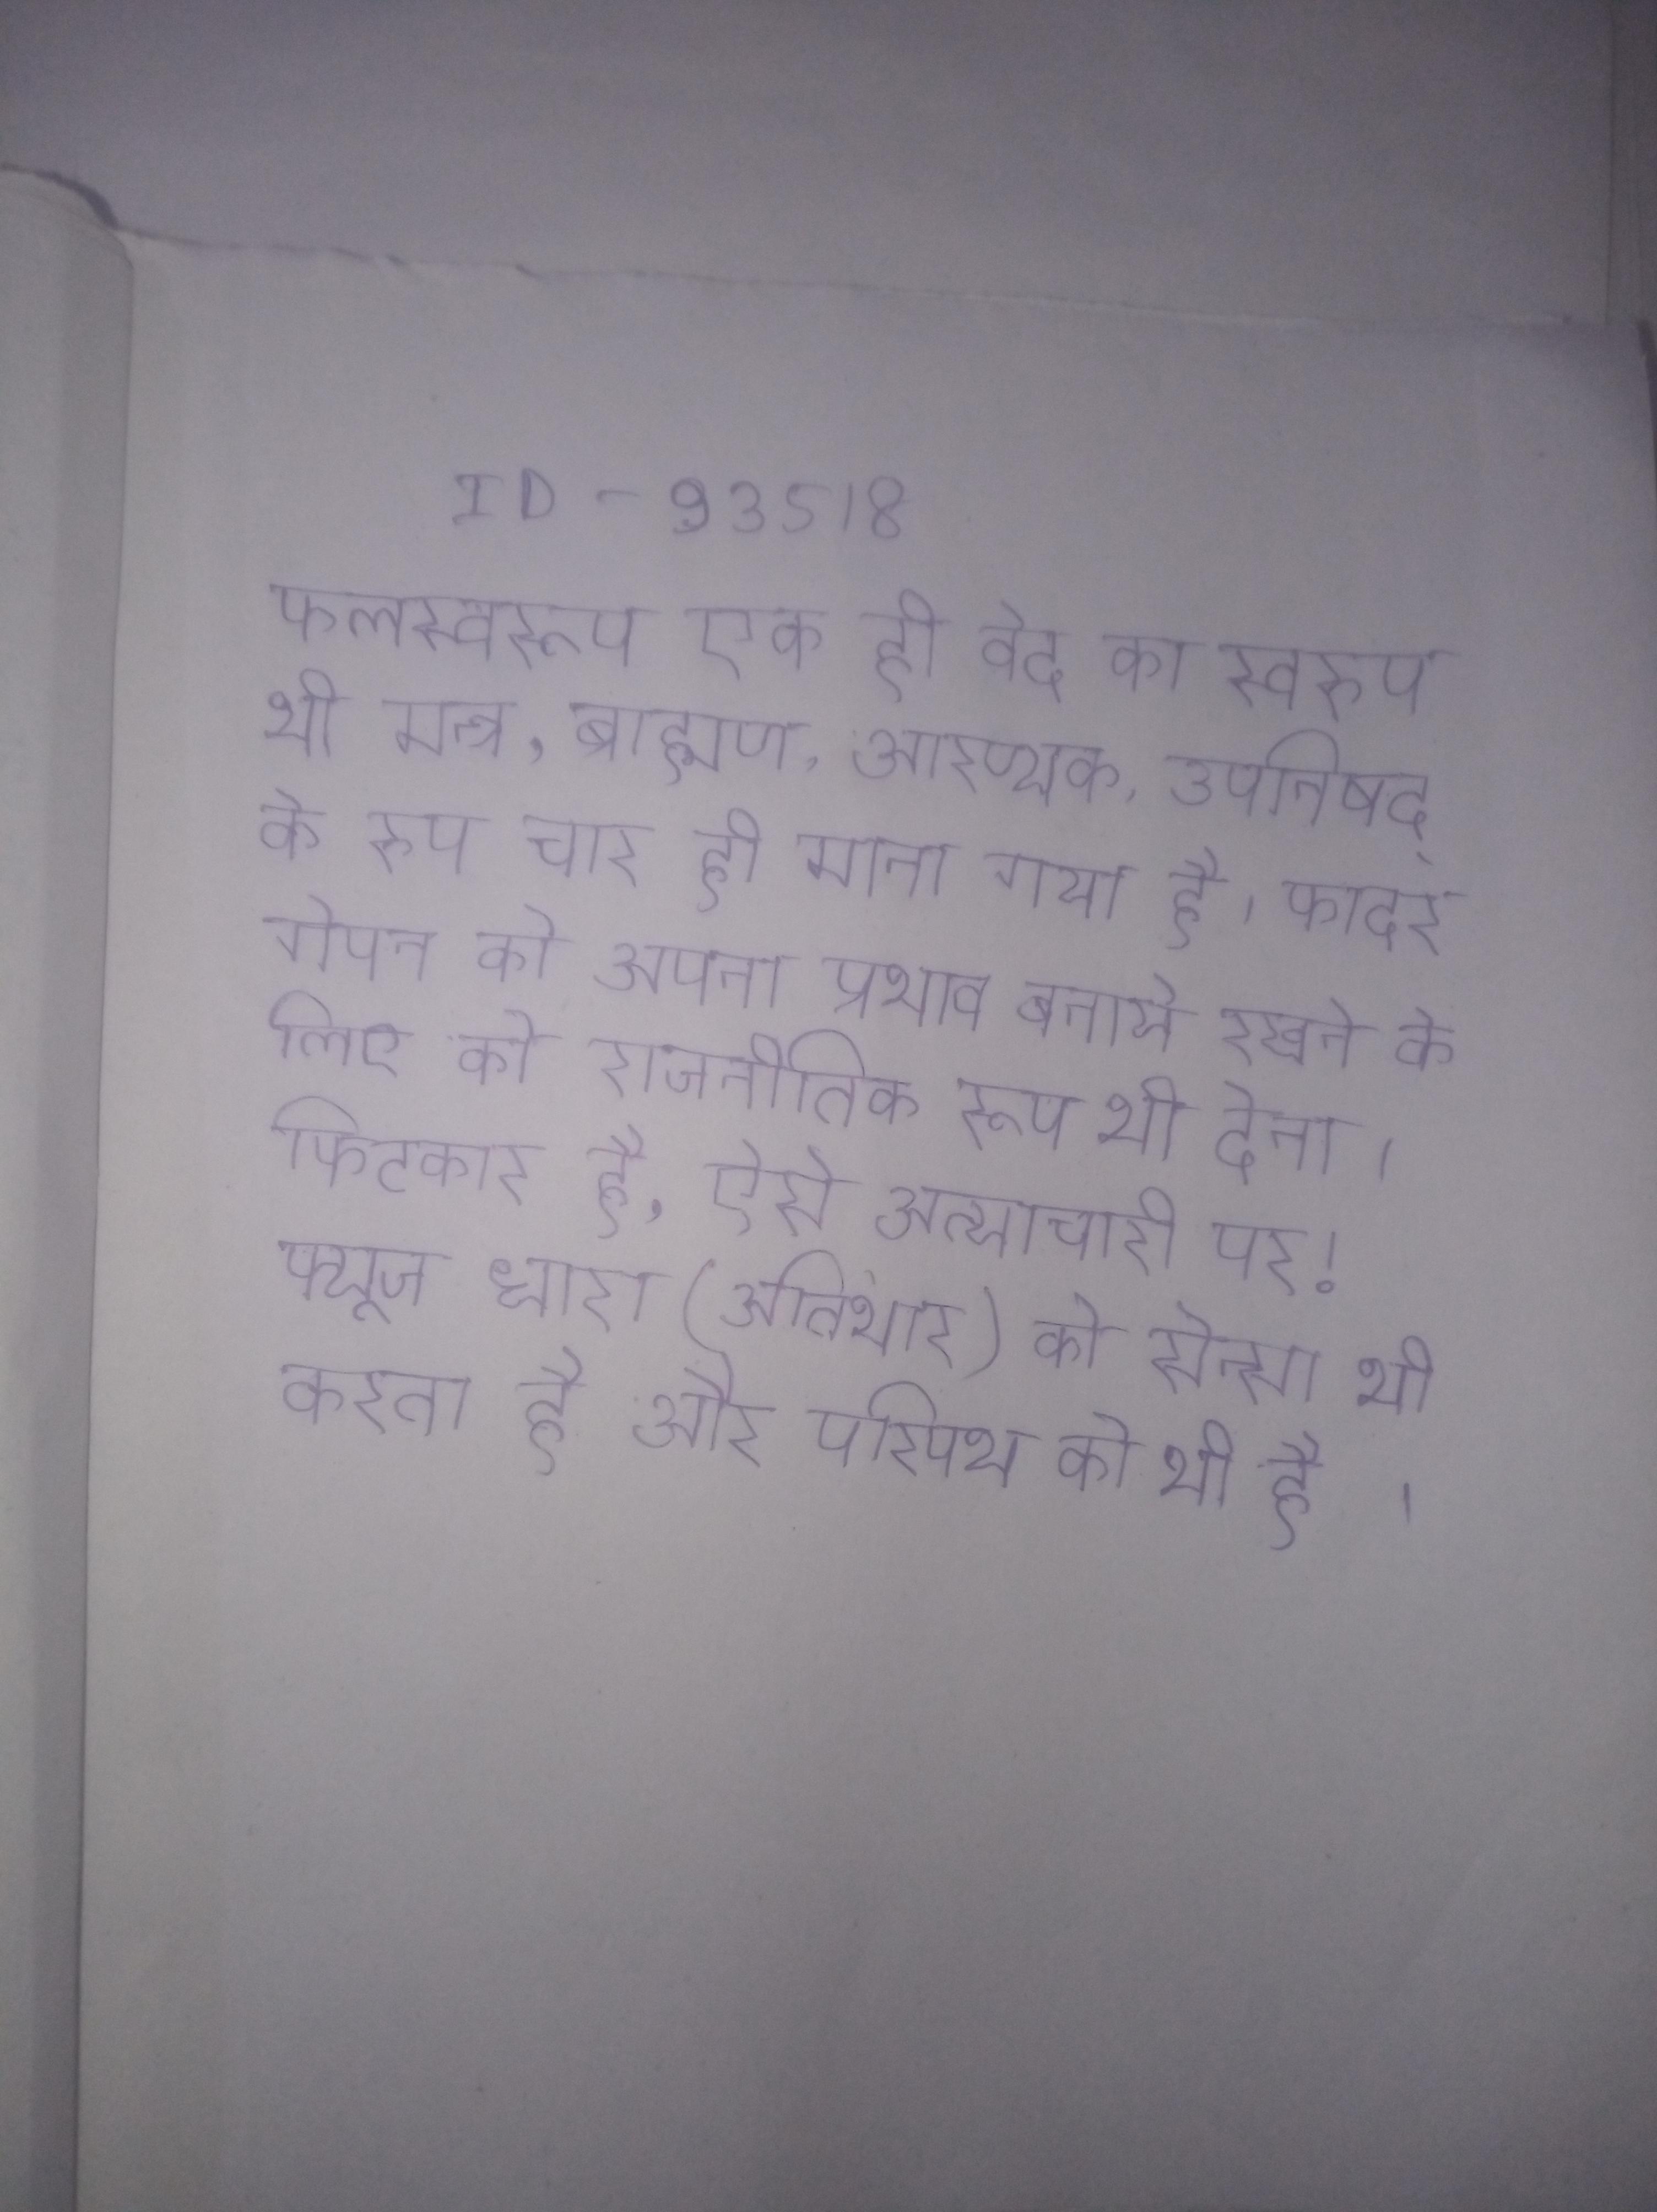
फलस्वरूप एक ही वेद का स्वरुप भी मन्त्र, ब्राह्मण, आरण्यक, उपनिषद् के रुप चार ही माना गया है । फादर गेपन को अपना प्रभाव बनाये रखने के लिए को राजनीतिक रूप भी देना । फिटकार है, ऐसे अत्याचारी पर! फ्यूज धारा (अतिभार) को सेन्सा भी करता है और परिपथ को भी है ।